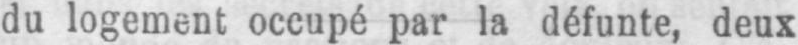
du logement occupé par la défunte, deux